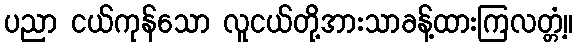
ပညာ ငယ်ကုန်သော လူငယ်တို့အားသာခန့်ထားကြလတ္တံ့။